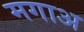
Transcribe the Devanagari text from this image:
मगाअ